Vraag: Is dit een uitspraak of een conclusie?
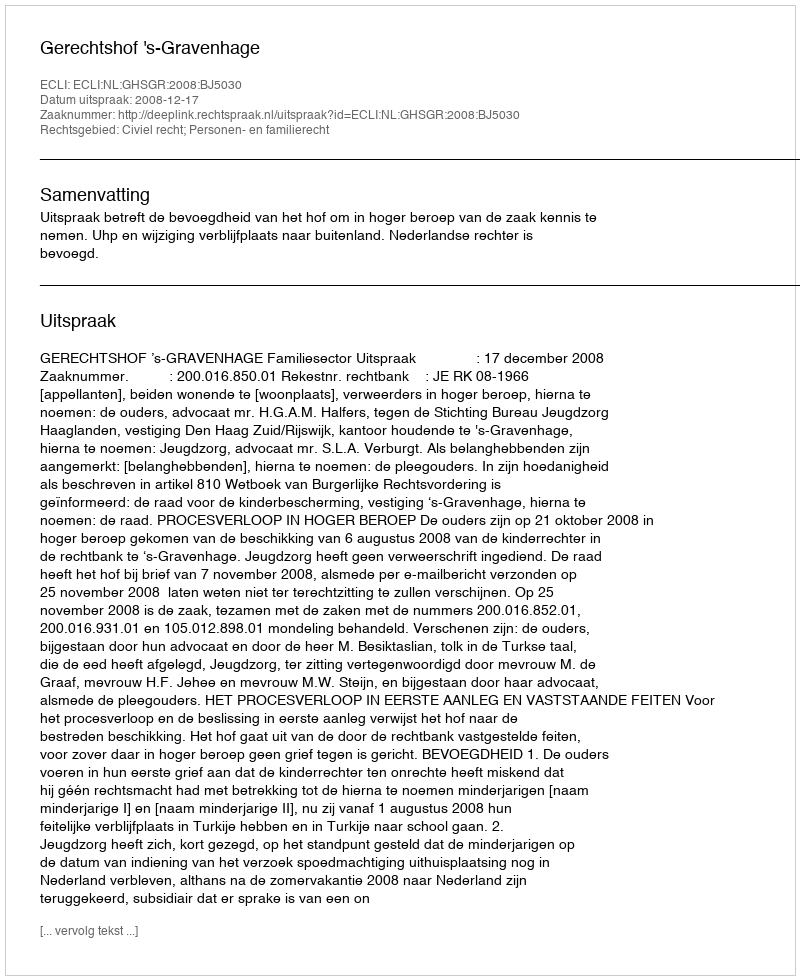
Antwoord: Uitspraak